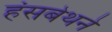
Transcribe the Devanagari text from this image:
हंसबेथने